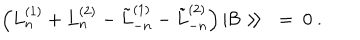
\left( L _ { n } ^ { ( 1 ) } + L _ { n } ^ { ( 2 ) } - \tilde { L } _ { - n } ^ { ( 1 ) } - \tilde { L } _ { - n } ^ { ( 2 ) } \right) \vert { \cal B } \gg \ = \ 0 \ .